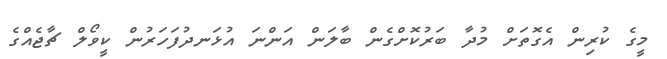
މީގެ ކުރިން އެގޮތަށް މުދާ ބަރުކޮށްގެން ބާލަން އަންނަ އުޅަނދުފަހަރުން ކީވޯލް ޗާޖެއްގެ